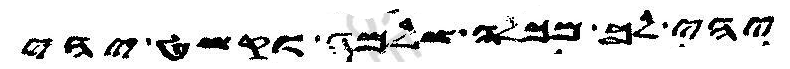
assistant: יהי לך מכלה שלמה וקשט יהי